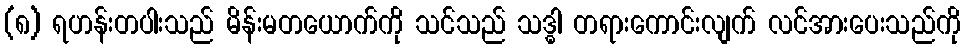
(၈) ရဟန်းတပါးသည် မိန်းမတယောက်ကို သင်သည် သဒ္ဓါ တရားကောင်းလျက် လင်အားပေးသည်ကို